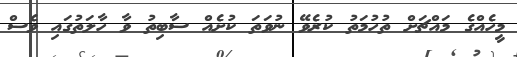
މީހެއްގެ މައްޗަށް ތުހުމަތު ކުރެވޭ ނުވަތަ ކުށެއް ސާބިތު ވާ ހާލަތުގައި ވެސް